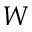
W